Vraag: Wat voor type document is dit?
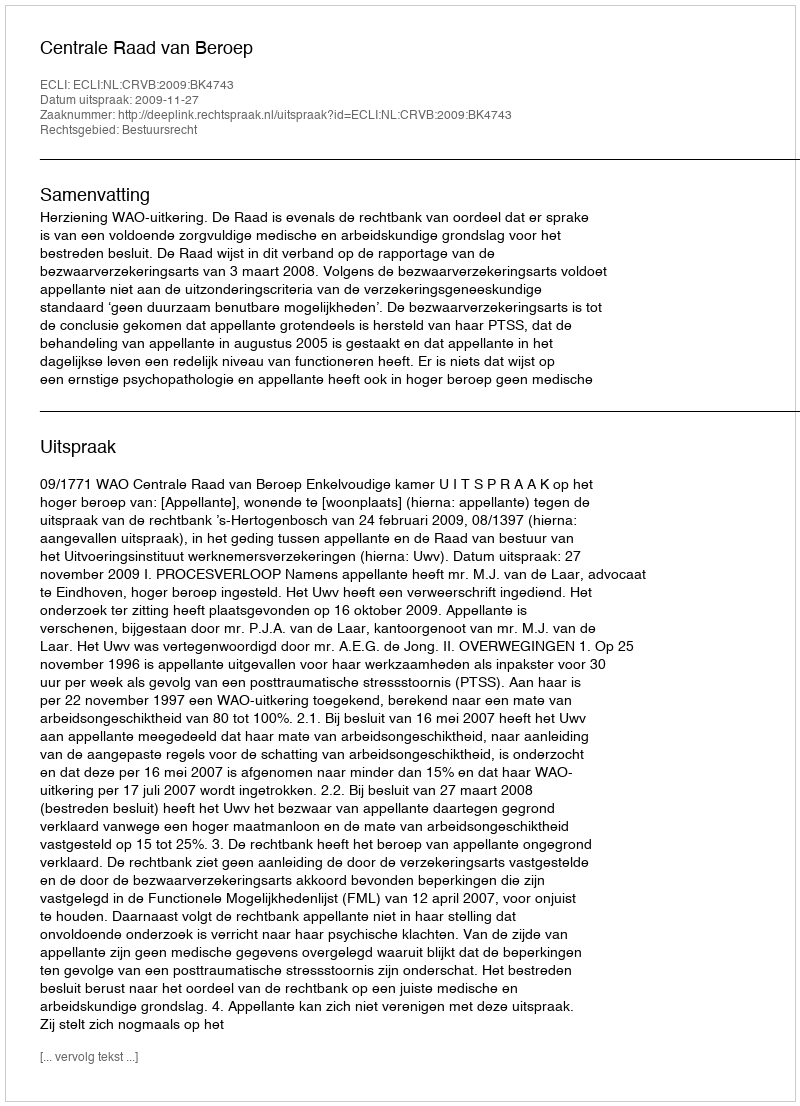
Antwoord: Uitspraak